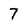
Character: 7